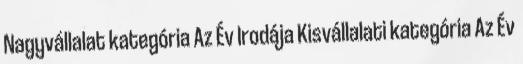
Nagyvállalat kategória Az Év Irodája Kisvállalati kategória Az Év